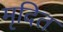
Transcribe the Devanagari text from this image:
मृदित